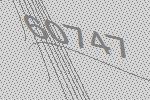
60747